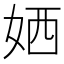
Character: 㛉